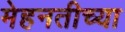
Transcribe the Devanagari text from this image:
मेहनतीच्या